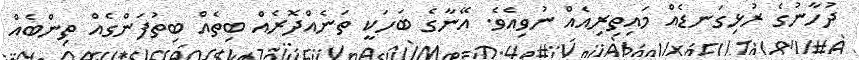
ދުހާނުގެ ރުޅިގަނޑެއް މައިތިރިއެއް ނުވިއެވެ. އޭނާގެ ބަހަކީ ތަނެއްދޮރެއް ބިތެއް ބިތުފަންގެއް ތިންބެއް